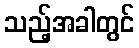
သည့်အခါတွင်